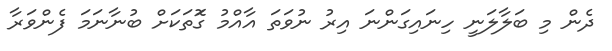
ދެން މި ބަލާލަނީ ހިނައިގަންނަ އިރު ނުވަތަ އާއްމު ގޮަތަކަށް ބުނާނަމަ ފެންވަރާ